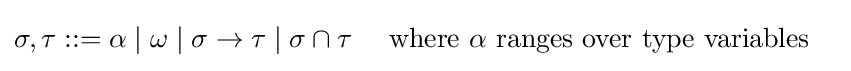
{\begin{aligned}\sigma ,\tau &::=\alpha \mid \omega \mid \sigma \to \tau \mid \sigma \cap \tau &&{\text{ where }}\alpha {\text{ ranges over type variables}}\end{aligned}}